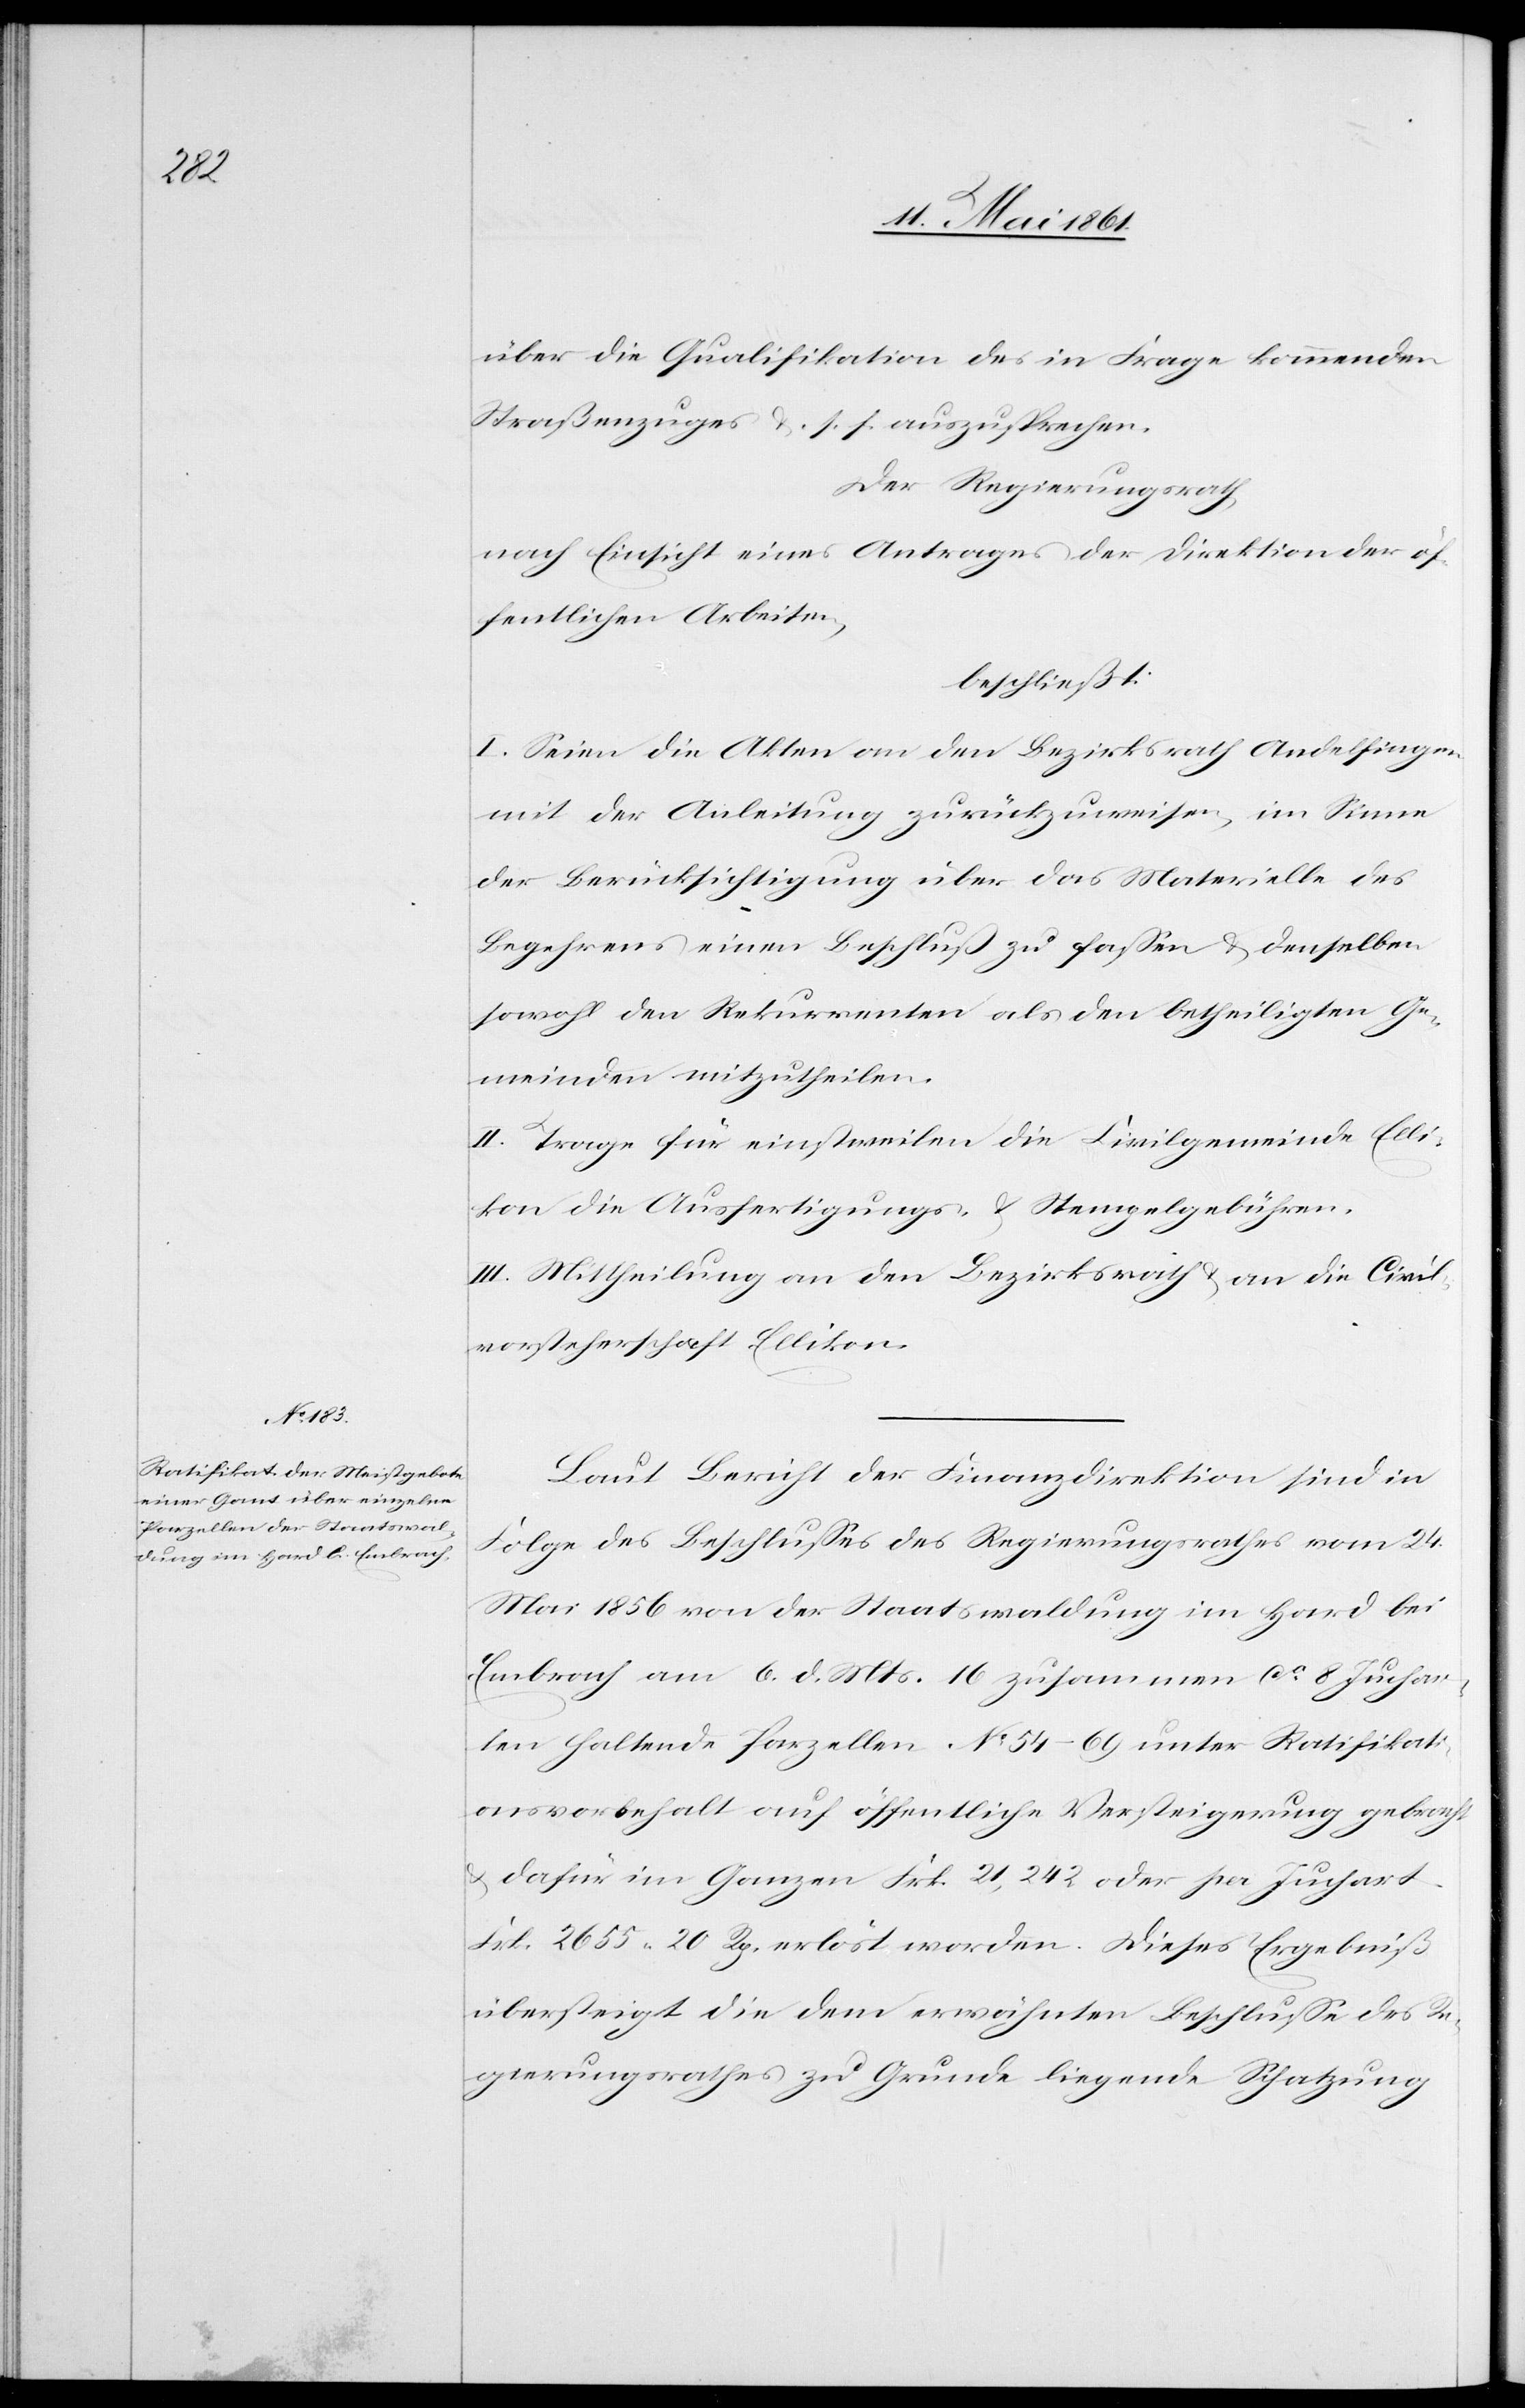
über die Qualifikation des in Frage kommenden
Straßenzuges u. s. f auszusprechen.
Der Regierungsrath,
nach Einsicht eines Antrages der Direktion der öf¬
fentlichen Arbeiten,
beschließt:
I. Seien die Akten an den Bezirksrath Andelfingen
mit der Anleitung zurückzuweisen, im Sinne
der Berücksichtigung über das Materielle des
Begehrens einen Beschluß zu fassen u. denselben
sowohl den Rekurrenten als den betheiligten Ge¬
meinden mitzutheilen.
II. Trage für einstweilen die Civilgemeinde Elli¬
kon die Ausfertigungs- u. Stempelgebühren.
III. Mittheilung an den Bezirksrath u. an die Civil¬
vorsteherschaft Ellikon.
Laut Bericht der Finanzdirektion sind in
Folge des Beschlusses des Regierungsrathes vom 24.
Mai 1856 von der Staatswaldung im Hard bei
Embrach am 6. d. Mts. 16 zusammen ca 8 Juchar¬
ten haltende Parzellen No 54–69 unter Ratifikati¬
onsvorbehalt auf öffentliche Versteigerung gebracht
u. dafür im Ganzen Frk. 21,242 oder pr. Juchart
Frk[en]. 2655 20 Rp. erlöst worden. Dieses Ergebniß
übersteigt die dem erwähnten Beschlusse des Re¬
gierungsrathes zu Grunde liegende Schatzung